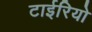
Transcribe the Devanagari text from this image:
टाईरियो